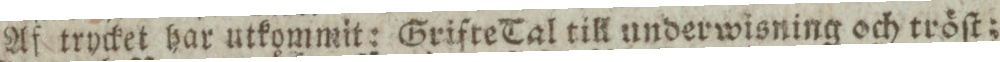
Af trycket har utkommit: Grifte Tal till underwisning och tröſt;